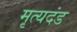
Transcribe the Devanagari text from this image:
मृत्यदंड